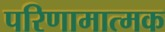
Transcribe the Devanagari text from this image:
परिणामात्‍मक